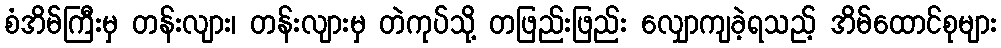
စံအိမ်ကြီးမှ တန်းလျား၊ တန်းလျားမှ တဲကုပ်သို့ တဖြည်းဖြည်း လျှောကျခဲ့ရသည့် အိမ်ထောင်စုများ